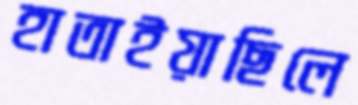
হাতাইয়াছিলে